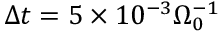
\Delta t = 5 \times 1 0 ^ { - 3 } \Omega _ { 0 } ^ { - 1 }